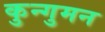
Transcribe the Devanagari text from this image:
कुन्गुमन